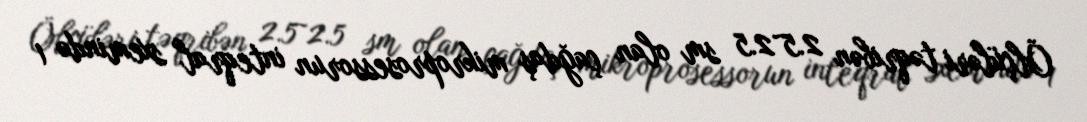
Ölçüləri təqribən 2.5~2.5 sm olan çağdaş mikroprosessorun inteqral sxemində 1